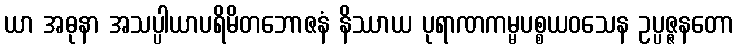
ယာ အဓုနာ အသပ္ပါယာပရိမိတဘောဇနံ နိဿာယ ပုရာဏကမ္မပစ္စယဝသေန ဥပ္ပဇ္ဇနတော